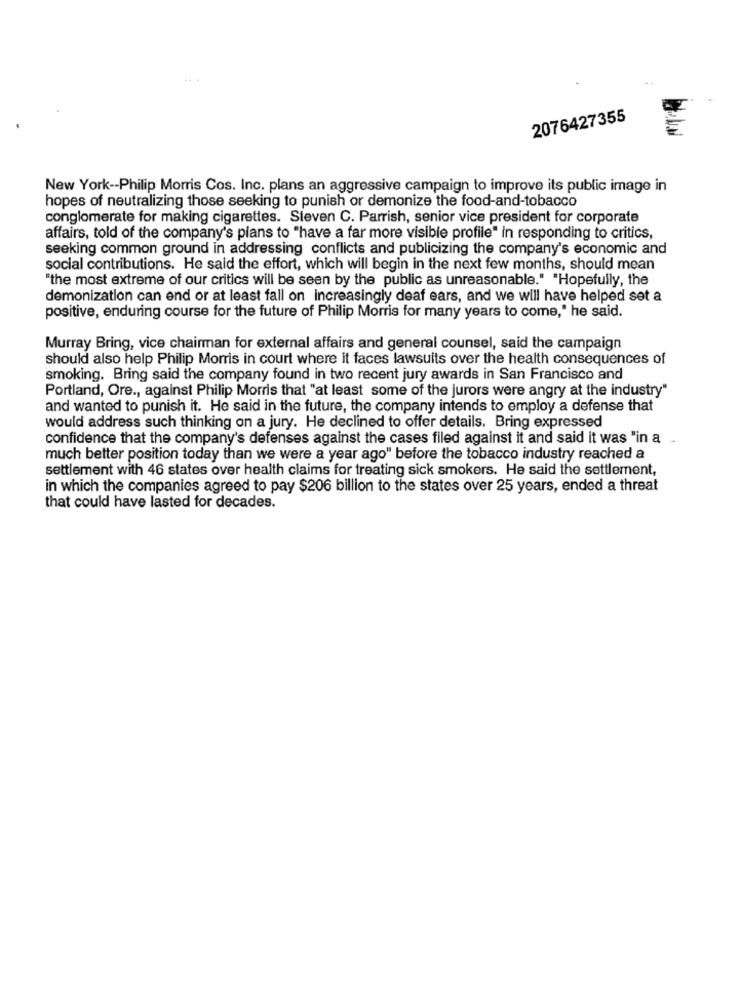
.. .
2076427355
New York -- Philip Morris Cos. Inc. plans an aggressive campaign to improve its public image in
hopes of neutralizing those seeking to punish or demonize the food-and-tobacco
conglomerate for making cigarettes. Sieven C. Parrish, senior vice president for corporate
affairs, told of the company's plans to "have a far more visible profile" in responding to critics,
seeking common ground in addressing conflicts and publicizing the company's economic and
social contributions. He said the effort, which will begin in the next few months, should mean
"the most extreme of our critics will be seen by the public as unreasonable." "Hopefully, the
demonization can end or at least fall on increasingly deaf ears, and we will have helped set a
positive, enduring course for the future of Philip Morris for many years to come," he said.
Murray Bring, vice chairman for external affairs and general counsel, said the campaign
should also help Philip Morris in court where it faces lawsuits over the health consequences of
smoking. Bring said the company found in two recent jury awards in San Francisco and
Portland, Ore ., against Philip Morris that "at least some of the jurors were angry at the industry"
and wanted to punish it. He said in the future, the company intends to employ a defense that
would address such thinking on a jury. He declined to offer details. Bring expressed
confidence that the company's defenses against the cases filed against it and said it was "in a
much better position today than we were a year ago" before the tobacco industry reached a
settlement with 46 states over health claims for treating sick smokers. He said the settlement,
in which the companies agreed to pay $206 billion to the states over 25 years, ended a threat
that could have lasted for decades.